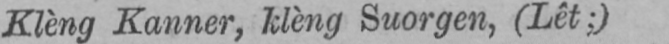
Klèng Kanner, klèng Suorgen, (Lêt;)